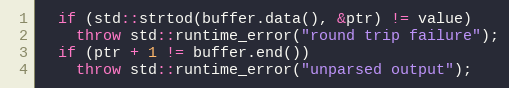
Language: C++
  if (std::strtod(buffer.data(), &ptr) != value)
    throw std::runtime_error("round trip failure");
  if (ptr + 1 != buffer.end())
    throw std::runtime_error("unparsed output");